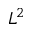
L ^ { 2 }